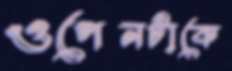
ওপেনটাকে